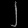
Digit: ၂